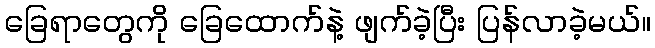
ခြေရာတွေကို ခြေထောက်နဲ့ ဖျက်ခဲ့ပြီး ပြန်လာခဲ့မယ်။